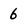
Character: 6